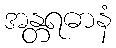
အန္တရဓာနံ